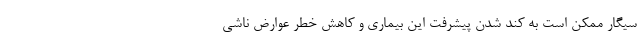
سیگار ممکن است به کند شدن پیشرفت این بیماری و کاهش خطر عوارض ناشی